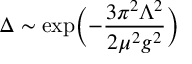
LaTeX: \Delta \sim \exp \biggl ( - { \frac { 3 \pi ^ { 2 } \Lambda ^ { 2 } } { 2 \mu ^ { 2 } g ^ { 2 } } } \biggr )